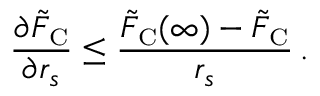
\frac { \partial \tilde { F } _ { \scriptscriptstyle \mathrm { C } } } { \partial r _ { s } } \leq \frac { \tilde { F } _ { \scriptscriptstyle \mathrm { C } } ( \infty ) - \tilde { F } _ { \scriptscriptstyle \mathrm { C } } } { r _ { s } } \, .